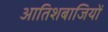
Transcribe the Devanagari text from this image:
आतिशबाजियों